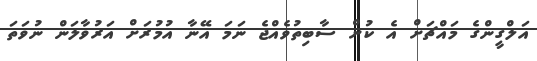
އަލްގީންގެ މައްޗަށް އެ ކުށް ސާބިތުވެއްޖެ ނަމަ އޭނާ އުމުރަށް އަރުވާލަން ނުވަތަ